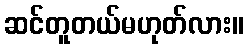
ဆင်တူတယ်မဟုတ်လား။